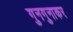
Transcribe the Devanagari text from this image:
गुनगुनाकर